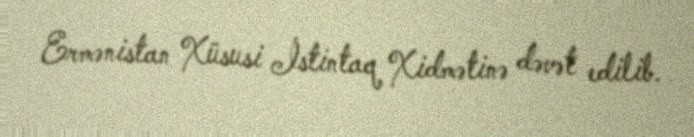
Ermənistan Xüsusi İstintaq Xidmətinə dəvət edilib.